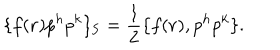
LaTeX: \{ f ( { \bf r } ) p ^ { h } p ^ { k } \} _ { \mathrm { S } } = { \frac { 1 } { 2 } } \{ f ( { \bf r } ) , p ^ { h } p ^ { k } \} .